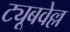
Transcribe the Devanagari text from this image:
ट्यूबवेल्ल